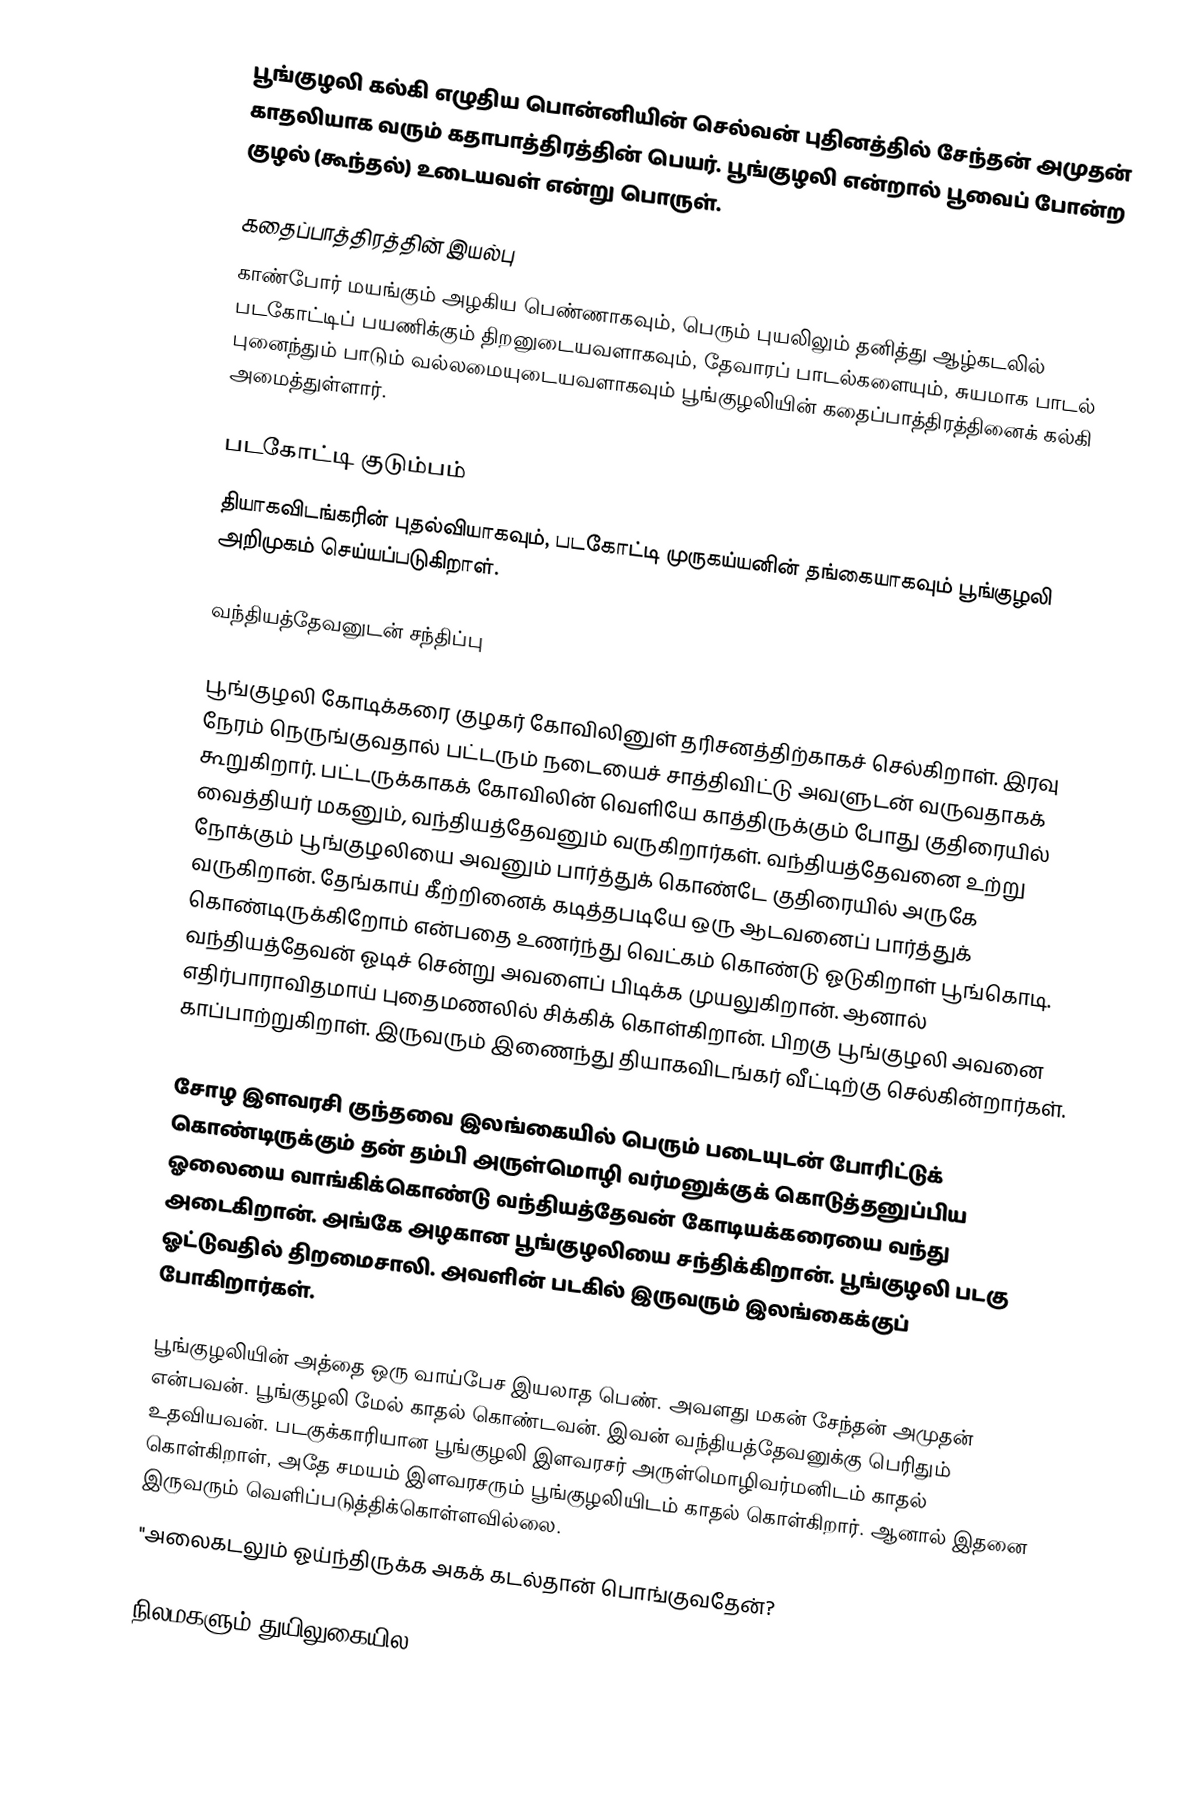
பூங்குழலி கல்கி எழுதிய பொன்னியின் செல்வன் புதினத்தில் சேந்தன் அமுதன் காதலியாக வரும் கதாபாத்திரத்தின் பெயர். பூங்குழலி என்றால் பூவைப் போன்ற குழல் (கூந்தல்) உடையவள் என்று பொருள்.

கதைப்பாத்திரத்தின் இயல்பு
காண்போர் மயங்கும் அழகிய பெண்ணாகவும், பெரும் புயலிலும் தனித்து ஆழ்கடலில் படகோட்டிப் பயணிக்கும் திறனுடையவளாகவும், தேவாரப் பாடல்களையும், சுயமாக பாடல் புனைந்தும் பாடும் வல்லமையுடையவளாகவும் பூங்குழலியின் கதைப்பாத்திரத்தினைக் கல்கி அமைத்துள்ளார்.

படகோட்டி குடும்பம்
தியாகவிடங்கரின் புதல்வியாகவும், படகோட்டி  முருகய்யனின் தங்கையாகவும் பூங்குழலி அறிமுகம் செய்யப்படுகிறாள்.

வந்தியத்தேவனுடன் சந்திப்பு

பூங்குழலி கோடிக்கரை குழகர் கோவிலினுள் தரிசனத்திற்காகச் செல்கிறாள். இரவு நேரம் நெருங்குவதால் பட்டரும் நடையைச் சாத்திவிட்டு அவளுடன் வருவதாகக் கூறுகிறார். பட்டருக்காகக் கோவிலின் வெளியே காத்திருக்கும் போது குதிரையில் வைத்தியர் மகனும், வந்தியத்தேவனும் வருகிறார்கள். வந்தியத்தேவனை உற்று நோக்கும் பூங்குழலியை அவனும் பார்த்துக் கொண்டே குதிரையில் அருகே வருகிறான். தேங்காய் கீற்றினைக் கடித்தபடியே ஒரு ஆடவனைப் பார்த்துக் கொண்டிருக்கிறோம் என்பதை உணர்ந்து வெட்கம் கொண்டு ஓடுகிறாள் பூங்கொடி. வந்தியத்தேவன் ஓடிச் சென்று அவளைப் பிடிக்க முயலுகிறான். ஆனால் எதிர்பாராவிதமாய் புதைமணலில் சிக்கிக் கொள்கிறான். பிறகு பூங்குழலி அவனை காப்பாற்றுகிறாள். இருவரும் இணைந்து தியாகவிடங்கர் வீட்டிற்கு செல்கின்றார்கள்.

சோழ இளவரசி குந்தவை இலங்கையில் பெரும் படையுடன் போரிட்டுக் கொண்டிருக்கும் தன் தம்பி அருள்மொழி வர்மனுக்குக் கொடுத்தனுப்பிய ஓலையை வாங்கிக்கொண்டு வந்தியத்தேவன் கோடியக்கரையை வந்து அடைகிறான். அங்கே அழகான பூங்குழலியை சந்திக்கிறான். பூங்குழலி படகு ஓட்டுவதில் திறமைசாலி. அவளின் படகில் இருவரும் இலங்கைக்குப் போகிறார்கள்.

பூங்குழலியின் அத்தை ஒரு வாய்பேச இயலாத பெண். அவளது மகன் சேந்தன் அமுதன் என்பவன். பூங்குழலி மேல் காதல் கொண்டவன். இவன் வந்தியத்தேவனுக்கு பெரிதும் உதவியவன். படகுக்காரியான பூங்குழலி இளவரசர் அருள்மொழிவர்மனிடம் காதல் கொள்கிறாள், அதே சமயம் இளவரசரும் பூங்குழலியிடம் காதல் கொள்கிறார். ஆனால் இதனை இருவரும் வெளிப்படுத்திக்கொள்ளவில்லை.
 "அலைகடலும் ஓய்ந்திருக்க அகக் கடல்தான் பொங்குவதேன்?

       நிலமகளும் துயிலுகையில